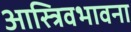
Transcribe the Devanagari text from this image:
आस्त्रिवभावना